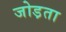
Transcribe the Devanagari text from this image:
जोड़ता